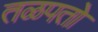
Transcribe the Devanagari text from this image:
तळपतो